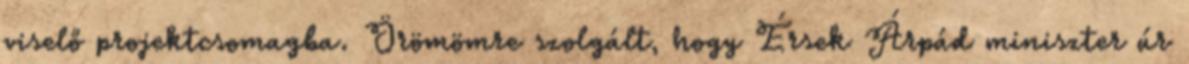
viselő projektcsomagba. Örömömre szolgált, hogy Érsek Árpád miniszter úr